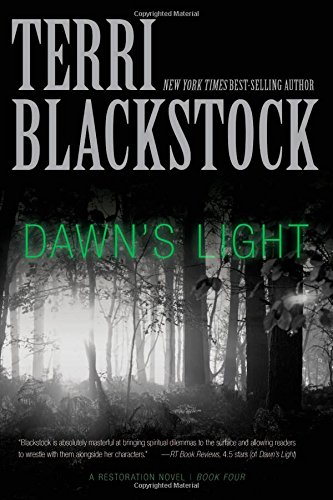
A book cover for Dawn's Light (A Restoration Novel); Terri Blackstock; Christian Books & Bibles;